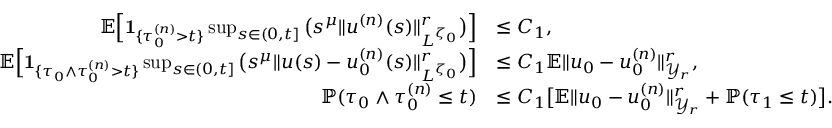
\begin{array} { r l } { { \mathbb E } \Big [ { { \bf 1 } } _ { \{ \tau _ { 0 } ^ { ( n ) } > t \} } \operatorname* { s u p } _ { s \in ( 0 , t ] } \big ( s ^ { \mu } \| u ^ { ( n ) } ( s ) \| _ { L ^ { \zeta _ { 0 } } } ^ { r } \big ) \Big ] } & { \leq C _ { 1 } , } \\ { { \mathbb E } \Big [ { { \bf 1 } } _ { \{ \tau _ { 0 } \wedge \tau _ { 0 } ^ { ( n ) } > t \} } \operatorname* { s u p } _ { s \in ( 0 , t ] } \big ( s ^ { \mu } \| u ( s ) - u _ { 0 } ^ { ( n ) } ( s ) \| _ { L ^ { \zeta _ { 0 } } } ^ { r } \big ) \Big ] } & { \leq C _ { 1 } { \mathbb E } \| u _ { 0 } - u _ { 0 } ^ { ( n ) } \| _ { \mathcal { Y } _ { r } } ^ { r } , } \\ { { \mathbb P } ( \tau _ { 0 } \wedge \tau _ { 0 } ^ { ( n ) } \leq t ) } & { \leq C _ { 1 } \big [ { \mathbb E } \| u _ { 0 } - u _ { 0 } ^ { ( n ) } \| _ { \mathcal { Y } _ { r } } ^ { r } + { \mathbb P } ( \tau _ { 1 } \leq t ) \big ] . } \end{array}